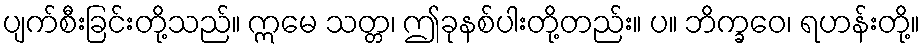
ပျက်စီးခြင်းတို့သည်။ ဣမေ သတ္တ၊ ဤခုနစ်ပါးတို့တည်း။ ပ။ ဘိက္ခဝေ၊ ရဟန်းတို့။